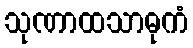
သုဏာထသာဓုကံ